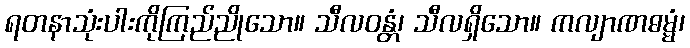
ရတနာသုံးပါးကိုကြည်ညိုသော။ သီလဝန္တံ၊ သီလရှိသော။ ကလျာဏဓမ္မံ၊